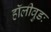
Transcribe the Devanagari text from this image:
हॉलीवुडः